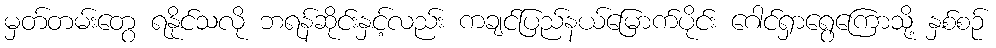
မှတ်တမ်းတွေ ရနိုင်သလို ဘရန်ဆိုင်းနှင့်လည်း ကချင်ပြည်နယ်မြောက်ပိုင်း ဂေါင်ရှာရွေကြောသို့ နှစ်စဉ်